Madras plague regulations and rules - Volume 1
Disease focus: Plague
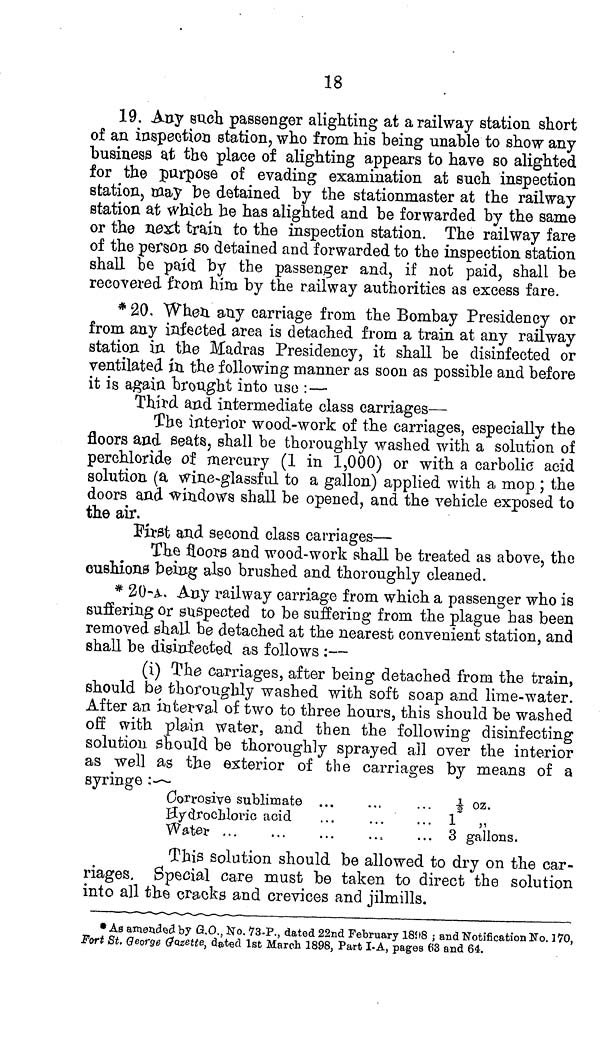
18
19. Any such passenger alighting at a railway station short
of an inspection station, who from his being unable to show any
business at the place of alighting appears to have so alighted
for the purpose of evading examination at such inspection
station, may be detained by the stationmaster at the railway
station at which he has alighted and be forwarded by the same
or the next train to the inspection station. The railway fare
of the person so detained and forwarded to the inspection station
shall Be paid by the passenger and, if not paid, shall be
recovered from him by the railway authorities as excess fare.
* 20. When any carriage from the Bombay Presidency or
from any infected area is detached from a train at any railway
station in the Madras Presidency, it shall be disinfected or
ventilated in the following manner as soon as possible and before
it is again brought into use : —
Third and intermediate class carriages—
The interior wood-work of the carriages, especially the
floors and Beats, shall be thoroughly washed with a solution of
perchloride of mercury (1 in 1,000) or with a carbolic acid
solution (a wine-glassful to a gallon) applied with a mop ; the
doors and windows shall be opened, and the vehicle exposed to
the air.
First and second class carriages—
The floors and wood-work shall be treated as above, the
cushions being also brushed and thoroughly cleaned.
* 20-A. Any railway carriage from which a passenger who is
suffering or suspected to be suffering from the plague has been
removed shall be detached at the nearest convenient station, and
shall be disinfected as follows :—
(i) The carriages, after being detached from the train,
should be thoroughly washed with soft soap and lime-water.
After an interval of two to three hours, this should be washed
off with plain water, and then the following disinfecting
solution should be thoroughly sprayed ail over the interior
as well as the exterior of the carriages by means of a
syringe :—
Corrosive sublimate
Hydrochloric acid
Water
½ oz.
... 1 "
... 3 gallons.
This solution should be allowed to dry on the car-
riages. Special care must be taken to direct the solution
into all the cracks and crevices and jilmills.
* As amended by G.O., No. 73-P., dated 22nd February 1898 ; and Notification No. 170,
Fort St. George Gazette, dated 1st March 1898, Part I-A, pages 63 and 64.